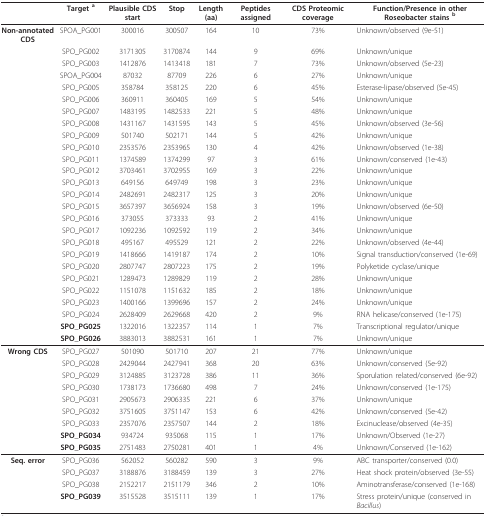
<table><thead><tr><td></td><td><b>Target <sup>a</sup></b></td><td><b>Plausible CDS start</b></td><td><b>Stop</b></td><td><b>Length (aa)</b></td><td><b>Peptides assigned</b></td><td><b>CDS Proteomic coverage</b></td><td><b>Function/Presence in other Roseobacter stains <sup>b</sup></b></td></tr></thead><tbody><tr><td><b>Non-annotated CDS</b></td><td>SPOA_PG001</td><td>300016</td><td>300507</td><td>164</td><td>10</td><td>73%</td><td>Unknown/observed (9e-51)</td></tr><tr><td></td><td>SPO_PG002</td><td>3171305</td><td>3170874</td><td>144</td><td>9</td><td>69%</td><td>Unknown/unique</td></tr><tr><td></td><td>SPO_PG003</td><td>1412876</td><td>1413418</td><td>181</td><td>7</td><td>73%</td><td>Unknown/observed (5e-23)</td></tr><tr><td></td><td>SPOA_PG004</td><td>87032</td><td>87709</td><td>226</td><td>6</td><td>27%</td><td>Unknown/unique</td></tr><tr><td></td><td>SPO_PG005</td><td>358784</td><td>358125</td><td>220</td><td>6</td><td>45%</td><td>Esterase-lipase/observed (5e-45)</td></tr><tr><td></td><td>SPO_PG006</td><td>360911</td><td>360405</td><td>169</td><td>5</td><td>54%</td><td>Unknown/unique</td></tr><tr><td></td><td>SPO_PG007</td><td>1483195</td><td>1482533</td><td>221</td><td>5</td><td>48%</td><td>Unknown/unique</td></tr><tr><td></td><td>SPO_PG008</td><td>1431167</td><td>1431595</td><td>143</td><td>5</td><td>45%</td><td>Unknown/observed (3e-56)</td></tr><tr><td></td><td>SPO_PG009</td><td>501740</td><td>502171</td><td>144</td><td>5</td><td>42%</td><td>Unknown/unique</td></tr><tr><td></td><td>SPO_PG010</td><td>2353576</td><td>2353965</td><td>130</td><td>4</td><td>42%</td><td>Unknown/observed (1e-38)</td></tr><tr><td></td><td>SPO_PG011</td><td>1374589</td><td>1374299</td><td>97</td><td>3</td><td>61%</td><td>Unknown/conserved (1e-43)</td></tr><tr><td></td><td>SPO_PG012</td><td>3703461</td><td>3702955</td><td>169</td><td>3</td><td>22%</td><td>Unknown/unique</td></tr><tr><td></td><td>SPO_PG013</td><td>649156</td><td>649749</td><td>198</td><td>3</td><td>23%</td><td>Unknown/unique</td></tr><tr><td></td><td>SPO_PG014</td><td>2482691</td><td>2482317</td><td>125</td><td>3</td><td>20%</td><td>Unknown/unique</td></tr><tr><td></td><td>SPO_PG015</td><td>3657397</td><td>3656924</td><td>158</td><td>3</td><td>19%</td><td>Unknown/observed (6e-50)</td></tr><tr><td></td><td>SPO_PG016</td><td>373055</td><td>373333</td><td>93</td><td>2</td><td>41%</td><td>Unknown/unique</td></tr><tr><td></td><td>SPO_PG017</td><td>1092236</td><td>1092592</td><td>119</td><td>2</td><td>34%</td><td>Unknown/unique</td></tr><tr><td></td><td>SPO_PG018</td><td>495167</td><td>495529</td><td>121</td><td>2</td><td>22%</td><td>Unknown/observed (4e-44)</td></tr><tr><td></td><td>SPO_PG019</td><td>1418666</td><td>1419187</td><td>174</td><td>2</td><td>10%</td><td>Signal transduction/conserved (1e-69)</td></tr><tr><td></td><td>SPO_PG020</td><td>2807747</td><td>2807223</td><td>175</td><td>2</td><td>19%</td><td>Polyketide cyclase/unique</td></tr><tr><td></td><td>SPO_PG021</td><td>1289473</td><td>1289829</td><td>119</td><td>2</td><td>28%</td><td>Unknown/unique</td></tr><tr><td></td><td>SPO_PG022</td><td>1151078</td><td>1151632</td><td>185</td><td>2</td><td>18%</td><td>Unknown/unique</td></tr><tr><td></td><td>SPO_PG023</td><td>1400166</td><td>1399696</td><td>157</td><td>2</td><td>24%</td><td>Unknown/unique</td></tr><tr><td></td><td>SPO_PG024</td><td>2628409</td><td>2629668</td><td>420</td><td>2</td><td>9%</td><td>RNA helicase/conserved (1e-175)</td></tr><tr><td></td><td><b>SPO_PG025</b></td><td>1322016</td><td>1322357</td><td>114</td><td>1</td><td>7%</td><td>Transcriptional regulator/unique</td></tr><tr><td></td><td><b>SPO_PG026</b></td><td>3883013</td><td>3882531</td><td>161</td><td>1</td><td>7%</td><td>Unknown/unique</td></tr><tr><td><b>Wrong CDS</b></td><td>SPO_PG027</td><td>501090</td><td>501710</td><td>207</td><td>21</td><td>77%</td><td>Unknown/unique</td></tr><tr><td></td><td>SPO_PG028</td><td>2429044</td><td>2427941</td><td>368</td><td>20</td><td>63%</td><td>Unknown/conserved (5e-92)</td></tr><tr><td></td><td>SPO_PG029</td><td>3124885</td><td>3123728</td><td>386</td><td>11</td><td>36%</td><td>Sporulation related/conserved (6e-92)</td></tr><tr><td></td><td>SPO_PG030</td><td>1738173</td><td>1736680</td><td>498</td><td>7</td><td>24%</td><td>Unknown/conserved (1e-175)</td></tr><tr><td></td><td>SPO_PG031</td><td>2905673</td><td>2906335</td><td>221</td><td>6</td><td>37%</td><td>Unknown/unique</td></tr><tr><td></td><td>SPO_PG032</td><td>3751605</td><td>3751147</td><td>153</td><td>6</td><td>42%</td><td>Unknown/conserved (5e-42)</td></tr><tr><td></td><td>SPO_PG033</td><td>2357076</td><td>2357507</td><td>144</td><td>2</td><td>18%</td><td>Excinuclease/observed (4e-35)</td></tr><tr><td></td><td><b>SPO_PG034</b></td><td>934724</td><td>935068</td><td>115</td><td>1</td><td>17%</td><td>Unknown/Observed (1e-27)</td></tr><tr><td></td><td><b>SPO_PG035</b></td><td>2751483</td><td>2750281</td><td>401</td><td>1</td><td>4%</td><td>Unknown/Conserved (1e-162)</td></tr><tr><td><b>Seq. error</b></td><td>SPO_PG036</td><td>562052</td><td>560282</td><td>590</td><td>3</td><td>9%</td><td>ABC transporter/conserved (0.0)</td></tr><tr><td></td><td>SPO_PG037</td><td>3188876</td><td>3188459</td><td>139</td><td>3</td><td>27%</td><td>Heat shock protein/observed (3e-55)</td></tr><tr><td></td><td>SPO_PG038</td><td>2152217</td><td>2151179</td><td>346</td><td>2</td><td>10%</td><td>Aminotransferase/conserved (1e-168)</td></tr><tr><td></td><td><b>SPO_PG039</b></td><td>3515528</td><td>3515111</td><td>139</td><td>1</td><td>17%</td><td>Stress protein/unique (conserved in <i>Bacillus</i>)</td></tr></tbody></table>